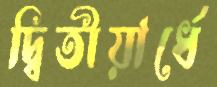
দ্বিতীয়ার্ধে